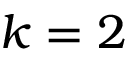
k = 2